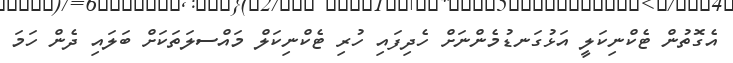
އެގޮތުން ޓެކްނިކަލީ އަޅުގަނޑުމެންނަށް ހެދިފައި ހުރި ޓެކްނިކަލް މައްސލަތަކަށް ބަލައި ދެން ހަމަ